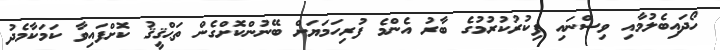
ހޯދައިބެލުމާއި ވިސްނައި ފިކުރުކުރުމުގެ ބާރު އެންމެ ފުރިހަމަޔަށް ބޭނުންކޮށްގެން ތަޙްޤީޤު ކޮށްފައިވާ ކަމަކާމެދު